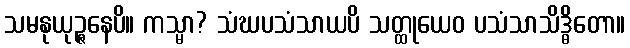
သမနုယုဉ္ဇနေပိ။ ကသ္မာ? သံဃပသံသာယပိ သတ္ထုယေဝ ပသံသာသိဒ္ဓိတော။